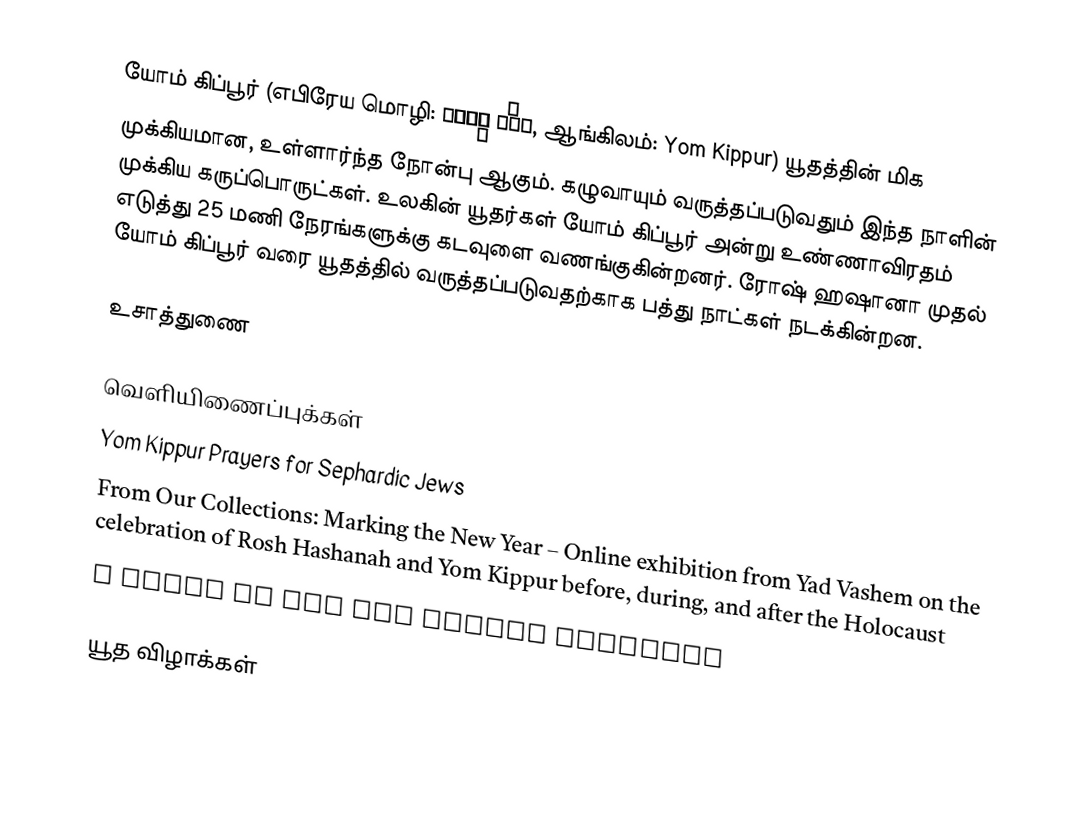
யோம் கிப்பூர் (எபிரேய மொழி: יוֹם כִּפּוּר, ஆங்கிலம்: Yom Kippur) யூதத்தின் மிக முக்கியமான, உள்ளார்ந்த நோன்பு ஆகும். கழுவாயும் வருத்தப்படுவதும் இந்த நாளின் முக்கிய கருப்பொருட்கள். உலகின் யூதர்கள் யோம் கிப்பூர் அன்று உண்ணாவிரதம் எடுத்து 25 மணி நேரங்களுக்கு கடவுளை வணங்குகின்றனர். ரோஷ் ஹஷானா முதல் யோம் கிப்பூர் வரை யூதத்தில் வருத்தப்படுவதற்காக பத்து நாட்கள் நடக்கின்றன.

உசாத்துணை

வெளியிணைப்புக்கள்
Yom Kippur Prayers for Sephardic Jews
From Our Collections: Marking the New Year – Online exhibition from Yad Vashem on the celebration of Rosh Hashanah and Yom Kippur before, during, and after the Holocaust
A Guide to the Yom Kippur services

யூத விழாக்கள்